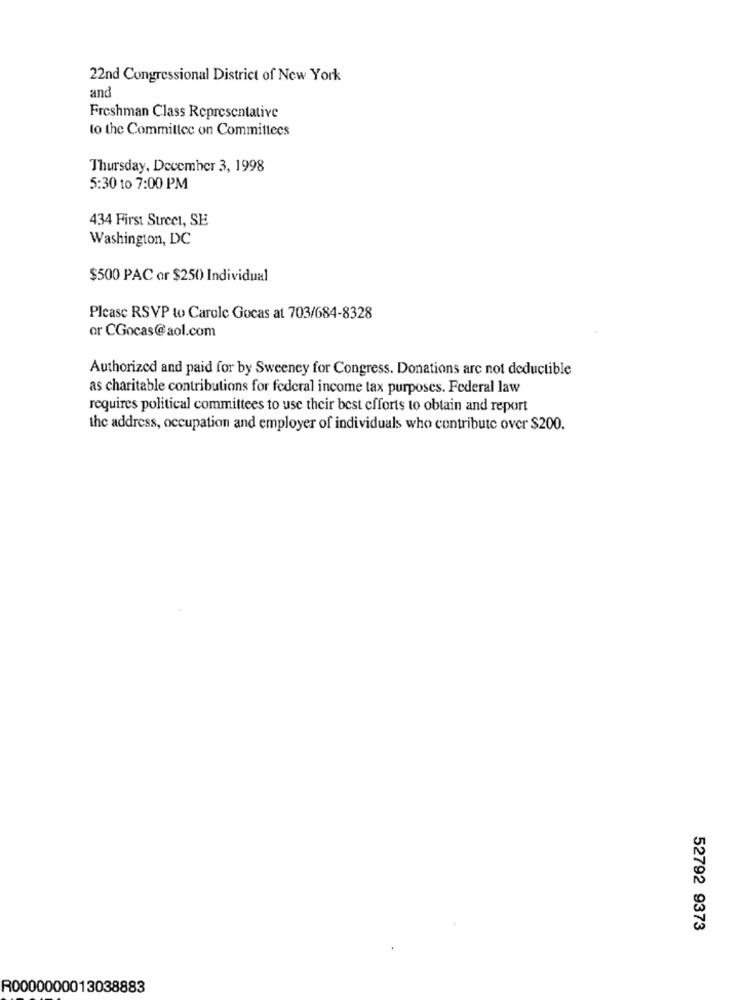
22nd Congressional District of New York
and
Freshman Class Representative
to the Committee on Committees
Thursday, December 3, 1998
5:30 to 7:00 PM
434 First Street, SE
Washington, DC
$500 PAC or $250 Individual
Please RSVP to Carole Gocas at 703/684-8328
or CGocas@aol.com
Authorized and paid for by Sweeney for Congress. Donations are not deductible
as charitable contributions for federal income tax purposes. Federal law
requires political committees to use their best efforts to obtain and report
the address, occupation and employer of individuals who contribute over $200.
52792 9373
R0000000013038883